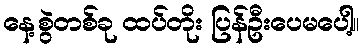
နေ့စွဲတစ်ခု ထပ်တိုး ပြန်ဦးပေမပေါ့။